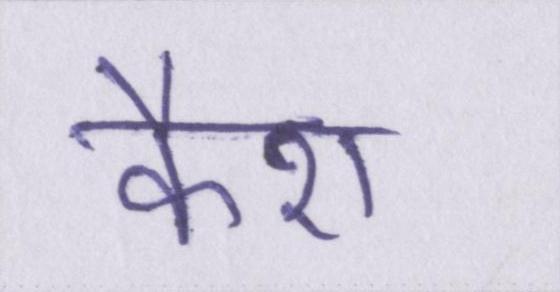
कैश